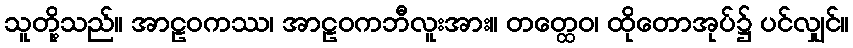
သူတို့သည်။ အာဠဝကဿ၊ အာဠဝကဘီလူးအား။ တတ္ထေဝ၊ ထိုတောအုပ်၌ ပင်လျှင်။